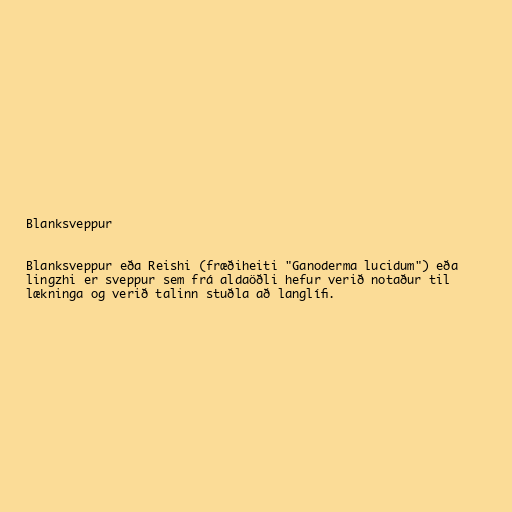
Blanksveppur

Blanksveppur eða Reishi (fræðiheiti "Gan­oderma luci­d­um") eða
lingzhi er sveppur sem frá aldaöðli hefur verið notaður til
lækninga og verið talinn stuðla að langlífi.